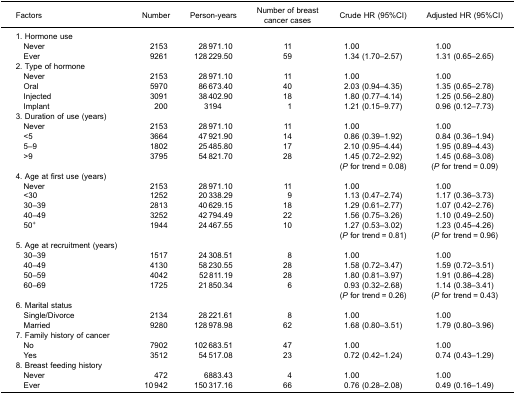
<table><thead><tr><td><b>Factors</b></td><td><b>Number</b></td><td><b>Person-years</b></td><td><b>Number of breastcancer cases</b></td><td><b>Crude HR (95%CI)</b></td><td><b>Adjusted HR (95%CI)</b></td></tr></thead><tbody><tr><td colspan="6">1. Hormone use</td></tr><tr><td> Never</td><td>2153</td><td>28 971.10</td><td>11</td><td>1.00</td><td>1.00</td></tr><tr><td> Ever</td><td>9261</td><td>128 229.50</td><td>59</td><td>1.34 (1.70–2.57)</td><td>1.31 (0.65–2.65)</td></tr><tr><td colspan="6">2. Type of hormone</td></tr><tr><td> Never</td><td>2153</td><td>28 971.10</td><td>11</td><td>1.00</td><td>1.00</td></tr><tr><td> Oral</td><td>5970</td><td>86 673.40</td><td>40</td><td>2.03 (0.94–4.35)</td><td>1.35 (0.65–2.78)</td></tr><tr><td> Injected</td><td>3091</td><td>38 402.90</td><td>18</td><td>1.80 (0.77–4.14)</td><td>1.25 (0.56–2.80)</td></tr><tr><td> Implant</td><td>200</td><td>3194</td><td>1</td><td>1.21 (0.15–9.77)</td><td>0.96 (0.12–7.73)</td></tr><tr><td colspan="6">3. Duration of use (years)</td></tr><tr><td> Never</td><td>2153</td><td>28 971.10</td><td>11</td><td>1.00</td><td>1.00</td></tr><tr><td> &lt;5</td><td>3664</td><td>47 921.90</td><td>14</td><td>0.86 (0.39–1.92)</td><td>0.84 (0.36–1.94)</td></tr><tr><td> 5–9</td><td>1802</td><td>25 485.80</td><td>17</td><td>2.10 (0.95–4.44)</td><td>1.95 (0.89–4.43)</td></tr><tr><td> &gt;9</td><td>3795</td><td>54 821.70</td><td>28</td><td>1.45 (0.72–2.92)</td><td>1.45 (0.68–3.08)</td></tr><tr><td> </td><td> </td><td> </td><td> </td><td>(<i>P</i> for trend = 0.08)</td><td>(<i>P</i> for trend = 0.09)</td></tr><tr><td colspan="6">4. Age at first use (years)</td></tr><tr><td> Never</td><td>2153</td><td>28 971.10</td><td>11</td><td>1.00</td><td>1.00</td></tr><tr><td> &lt;30</td><td>1252</td><td>20 338.29</td><td>9</td><td>1.13 (0.47–2.74)</td><td>1.17 (0.36–3.73)</td></tr><tr><td> 30–39</td><td>2813</td><td>40 629.15</td><td>18</td><td>1.29 (0.61–2.77)</td><td>1.07 (0.42–2.76)</td></tr><tr><td> 40–49</td><td>3252</td><td>42 794.49</td><td>22</td><td>1.56 (0.75–3.26)</td><td>1.10 (0.49–2.50)</td></tr><tr><td> 50<sup>+</sup></td><td>1944</td><td>24 467.55</td><td>10</td><td>1.27 (0.53–3.02)</td><td>1.23 (0.45–4.26)</td></tr><tr><td> </td><td> </td><td> </td><td> </td><td>(<i>P</i> for trend = 0.81)</td><td>(<i>P</i> for trend = 0.96)</td></tr><tr><td colspan="6">5. Age at recruitment (years)</td></tr><tr><td> 30–39</td><td>1517</td><td>24 308.51</td><td>8</td><td>1.00</td><td>1.00</td></tr><tr><td> 40–49</td><td>4130</td><td>58 230.55</td><td>28</td><td>1.58 (0.72–3.47)</td><td>1.59 (0.72–3.51)</td></tr><tr><td> 50–59</td><td>4042</td><td>52 811.19</td><td>28</td><td>1.80 (0.81–3.97)</td><td>1.91 (0.86–4.28)</td></tr><tr><td> 60–69</td><td>1725</td><td>21 850.34</td><td>6</td><td>0.93 (0.32–2.68)</td><td>1.14 (0.38–3.41)</td></tr><tr><td> </td><td> </td><td> </td><td> </td><td>(<i>P</i> for trend = 0.26)</td><td>(<i>P</i> for trend = 0.43)</td></tr><tr><td colspan="6">6. Marital status</td></tr><tr><td> Single/Divorce</td><td>2134</td><td>28 221.61</td><td>8</td><td>1.00</td><td>1.00</td></tr><tr><td> Married</td><td>9280</td><td>128 978.98</td><td>62</td><td>1.68 (0.80–3.51)</td><td>1.79 (0.80–3.96)</td></tr><tr><td colspan="6">7. Family history of cancer</td></tr><tr><td> No</td><td>7902</td><td>102 683.51</td><td>47</td><td>1.00</td><td>1.00</td></tr><tr><td> Yes</td><td>3512</td><td>54 517.08</td><td>23</td><td>0.72 (0.42–1.24)</td><td>0.74 (0.43–1.29)</td></tr><tr><td colspan="6">8. Breast feeding history</td></tr><tr><td> Never</td><td>472</td><td>6883.43</td><td>4</td><td>1.00</td><td>1.00</td></tr><tr><td> Ever</td><td>10 942</td><td>150 317.16</td><td>66</td><td>0.76 (0.28–2.08)</td><td>0.49 (0.16–1.49)</td></tr></tbody></table>